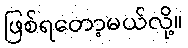
ဖြစ်ရတော့မယ်လို့။